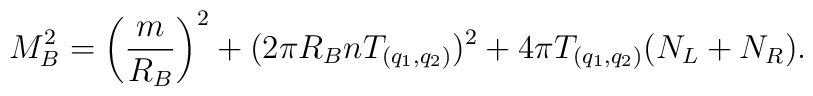
M_B^2 = \left({m\over R_B}\right)^2 + (2\pi R_B n T_{(q_{1}, q_{2})})^2 + 4\pi T_{(q_{1}, q_{2})} (N_L + N_R).